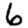
Digit: 6